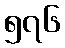
၅၇၆